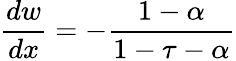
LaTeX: {\frac{dw}{dx}}=-{\frac{1-\alpha}{1-\tau-\alpha}}